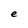
Character: e